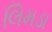
લિમડા